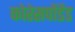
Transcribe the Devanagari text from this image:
कोरेसपोंडेंड